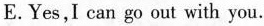
E.Yes,I can go out with you.